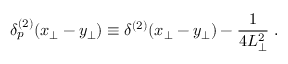
\delta _ { p } ^ { ( 2 ) } ( x _ { \perp } - y _ { \perp } ) \equiv \delta ^ { ( 2 ) } ( x _ { \perp } - y _ { \perp } ) - { \frac { 1 } { 4 L _ { \perp } ^ { 2 } } } \; .